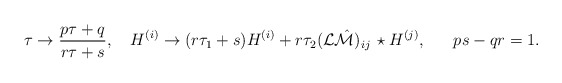
\begin{align*}\tau\to{{p\tau+q}\over{r\tau+s}},\ \ \ H^{(i)}\to (r\tau_1+s)H^{(i)}+r\tau_2({\cal L}\hat{\cal M})_{ij}\,\star H^{(j)},\ \ \ \ \ ps-qr=1.\end{align*}